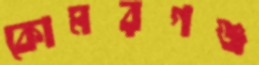
কোমরগঞ্জ